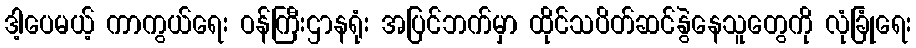
ဒါ့ပေမယ့် ကာကွယ်ရေး ဝန်ကြီးဌာနရုံး အပြင်ဘက်မှာ ထိုင်သပိတ်ဆင်နွဲနေသူတွေကို လုံခြုံရေး